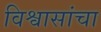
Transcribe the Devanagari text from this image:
विश्वासांचा